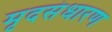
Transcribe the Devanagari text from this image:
मृदसंधारण